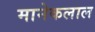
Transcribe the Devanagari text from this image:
मानेकलाल